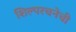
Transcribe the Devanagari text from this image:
शिल्परचनेची